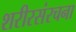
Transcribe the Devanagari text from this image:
शरीरसंरचना